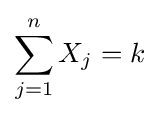
\sum _{j=1}^{n}X_{j}=k